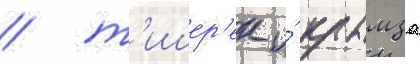
/ т'ишер'ек и́ крымза